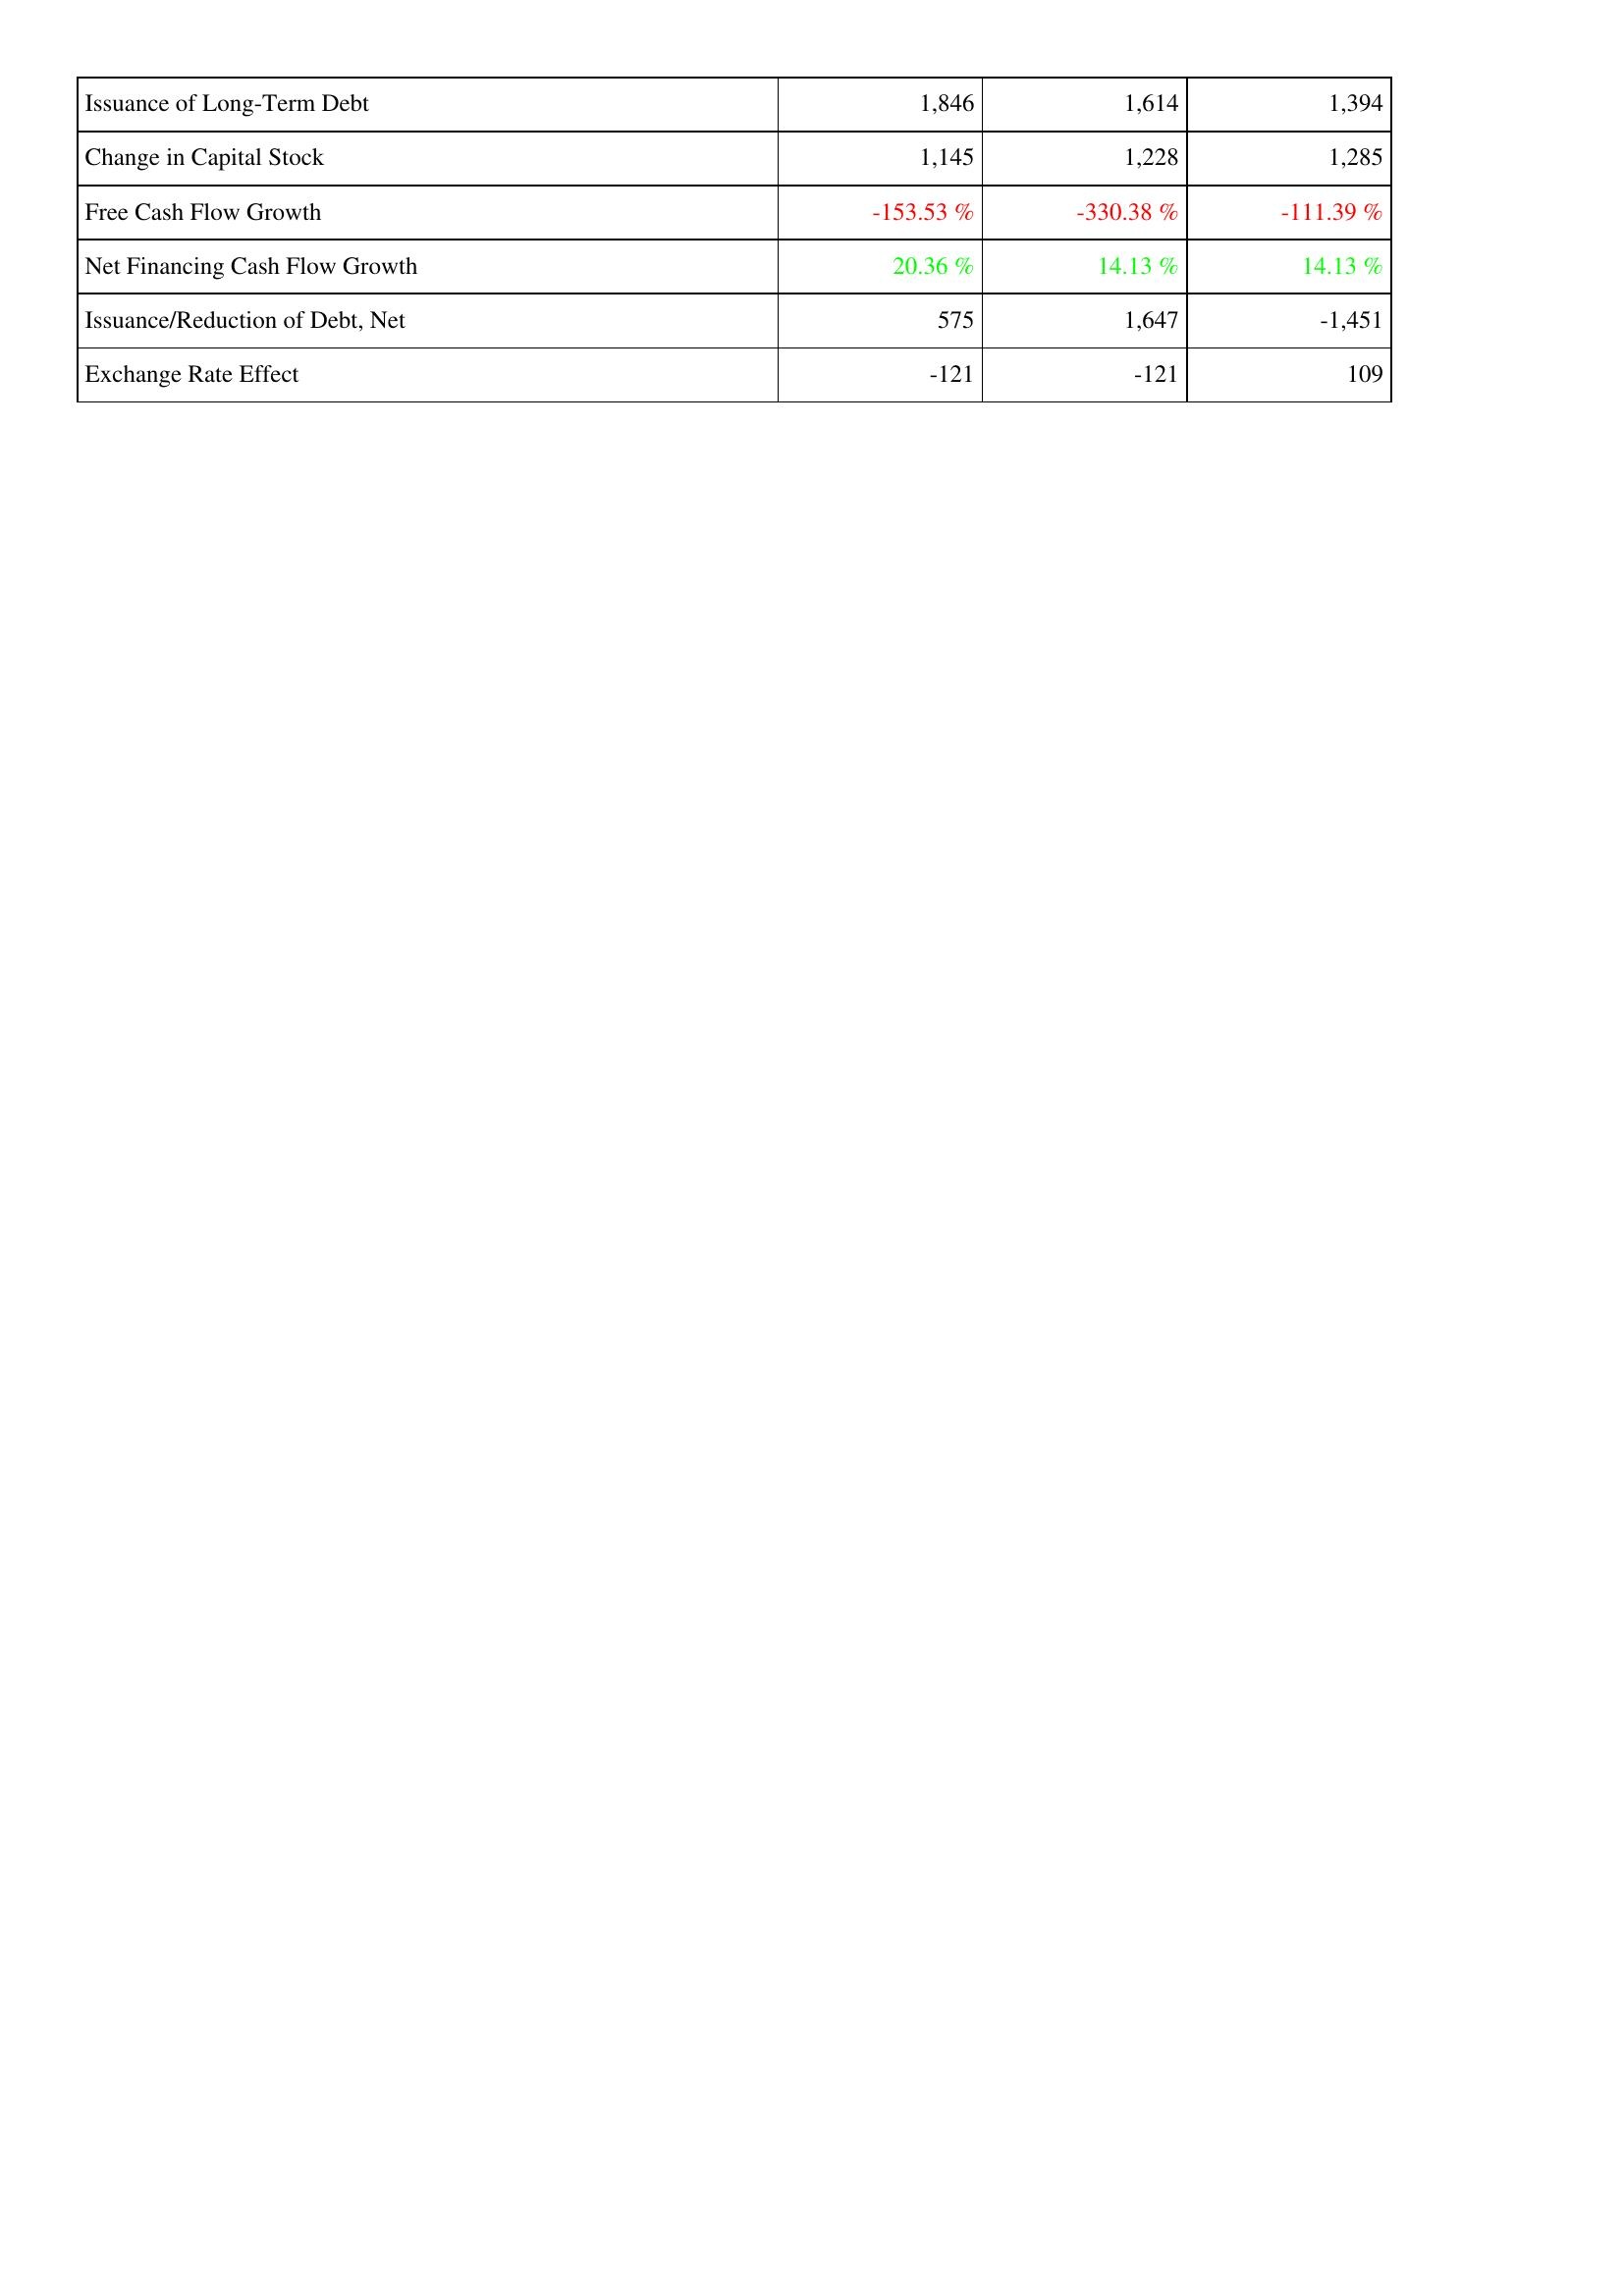
2007: Financing Activities: Issuance of Long-Term Debt: 1,846
Change in Capital Stock: 1,145
Free Cash Flow Growth: -153.53 %
Net Financing Cash Flow Growth: 20.36 %
Issuance/Reduction of Debt, Net: 575
Exchange Rate Effect: -121
2006: Financing Activities: Issuance of Long-Term Debt: 1,614
Change in Capital Stock: 1,228
Free Cash Flow Growth: -330.38 %
Net Financing Cash Flow Growth: 14.13 %
Issuance/Reduction of Debt, Net: 1,647
Exchange Rate Effect: -121
2005: Financing Activities: Issuance of Long-Term Debt: 1,394
Change in Capital Stock: 1,285
Free Cash Flow Growth: -111.39 %
Net Financing Cash Flow Growth: 14.13 %
Issuance/Reduction of Debt, Net: -1,451
Exchange Rate Effect: 109